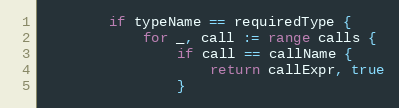
Language: Go
		if typeName == requiredType {
			for _, call := range calls {
				if call == callName {
					return callExpr, true
				}